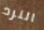
النرد